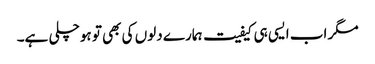
مگر اب ایسی ہی کیفیت ہمارے دلوں کی بھی تو ہوچلی ہے۔